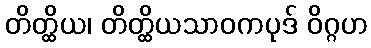
တိတ္ထိယ၊ တိတ္ထိယသာဝကပုဒ် ဝိဂ္ဂဟ